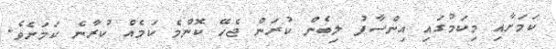
ކަމަށާއި މިކަމުގައި އިންސާފު ލިބެން ކުރަން ޖެހޭ ކޮންމެ ކަމެއް ކުރާނެ ކަމަށެވެ.